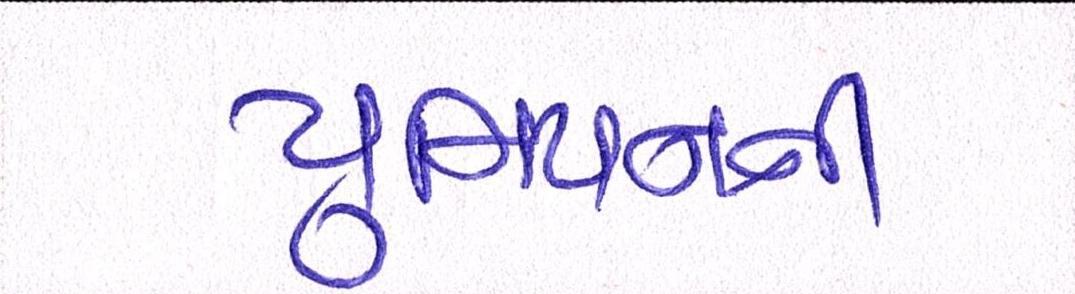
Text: યુનિયનની